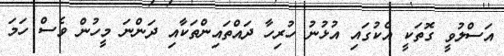
އަސްލުވީ ގޮތަކީ އެކުގައި އުޅުނު ހުރިހާ ދައްތައިންތަކާއި ދަންނަ މީހުން ވެސް ހަމަ